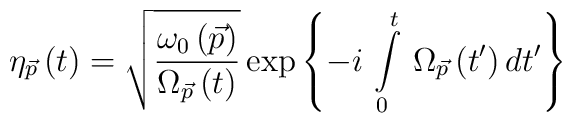
\eta _{\vec p}\left( t\right) =\sqrt{\frac{\omega _0\left(\vec p\right) }{\Omega _{\vec p}\left( t\right) }}\exp \left\{-i\,\int\limits_0^t\,\Omega _{\vec p}\left( t^{\prime }\right) dt^{\prime}\right\}